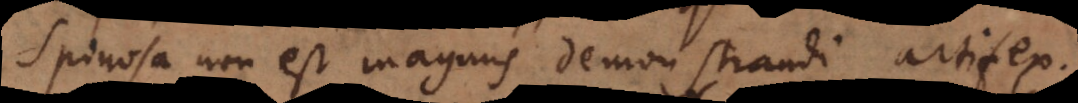
Spinosa non est magnus demonstrandi artifex.